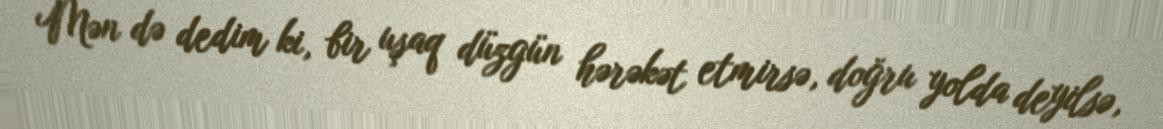
Mən də dedim ki, bir uşaq düzgün hərəkət etmirsə, doğru yolda deyilsə,